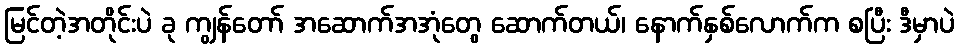
မြင်တဲ့အတိုင်းပဲ ခု ကျွန်တော် အဆောက်အအုံတွေ ဆောက်တယ်၊ နောက်နှစ်လောက်က စပြီး ဒီမှာပဲ